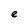
Character: e